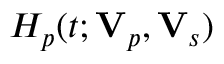
H _ { p } ( t ; \mathbf { V } _ { p } , \mathbf { V } _ { s } )